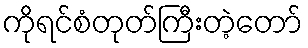
ကိုရင်စံတုတ်ကြီးတဲ့တော်